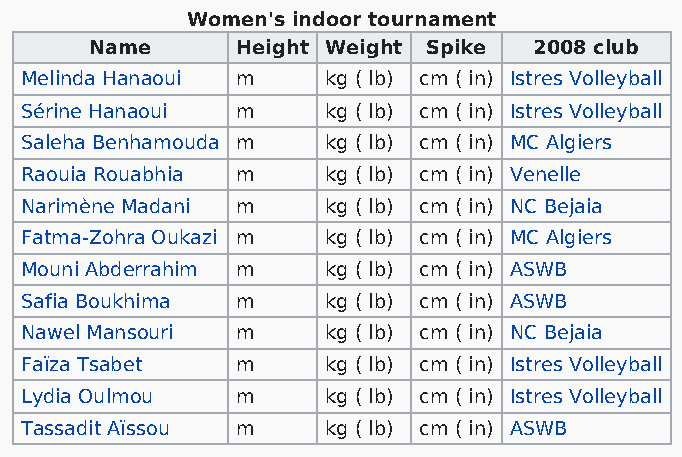
Women's indoor tournament
 Name      Height Weight Spike 2008 club
 Melinda Hanaoui m    kg ( lb) cm ( in) Istres Volleyball
 Sérine Hanaoui m     kg ( lb) cm ( in) Istres Volleyball
 Saleha Benhamouda m  kg ( lb) cm ( in) MC Algiers
 Raouia Rouabhia m    kg ( lb) cm ( in) Venelle
 Narimène Madani m    kg ( lb) cm ( in) NC Bejaia
 Fatma-Zohra Oukazi m kg ( lb) cm ( in) MC Algiers
 Mouni Abderrahim m   kg ( lb) cm ( in) ASWB
 Safia Boukhima m     kg ( lb) cm ( in) ASWB
 Nawel Mansouri m     kg ( lb) cm ( in) NC Bejaia
 Faïza Tsabet   m     kg ( lb) cm ( in) Istres Volleyball
 Lydia Oulmou   m     kg ( lb) cm ( in) Istres Volleyball
 Tassadit Aïssou m    kg ( lb) cm ( in) ASWB